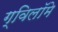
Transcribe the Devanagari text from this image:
ग्विलॉमे